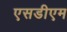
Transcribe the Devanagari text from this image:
एसडीएम